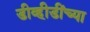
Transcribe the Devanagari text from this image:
डीव्हीडींच्या